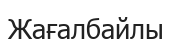
Жағалбайлы